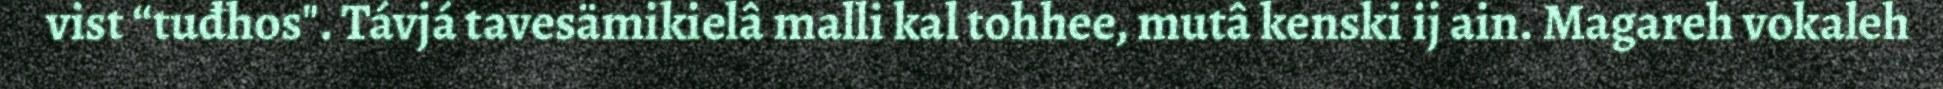
vist “tuđhos". Távjá tavesämikielâ malli kal tohhee, mutâ kenski ij ain. Magareh vokaleh